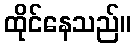
ထိုင်နေသည်။